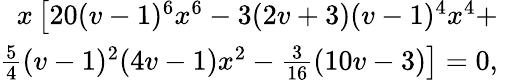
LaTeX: \begin{array}{rl}{x\left[20(v-1)^{6}x^{6}-3(2v+3)(v-1)^{4}x^{4}+\right.}&{{}}\\ {\left.\frac{5}{4}(v-1)^{2}(4v-1)x^{2}-\frac{3}{16}(10v-3)\right]=0,}\end{array}